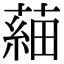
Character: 𦹀